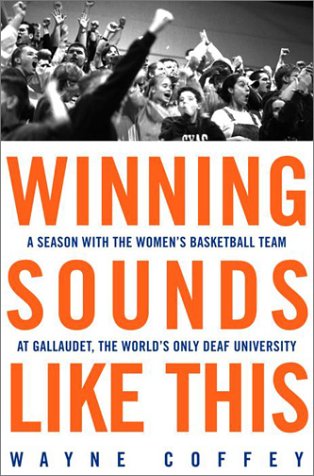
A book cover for Winning Sounds Like This: A Season with the Women's Basketball Team at Gallaudet, the World's Only Deaf University; Wayne Coffey; Sports & Outdoors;